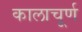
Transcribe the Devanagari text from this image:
कालाचूर्ण